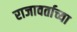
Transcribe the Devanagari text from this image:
राजावर्ताच्या